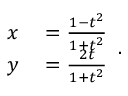
{ \begin{array} { r l } { x } & { { } = { \frac { 1 - t ^ { 2 } } { 1 + t ^ { 2 } } } } \\ { y } & { { } = { \frac { 2 t } { 1 + t ^ { 2 } } } } \end{array} } .